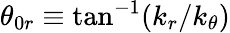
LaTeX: \theta_{0r}\equiv\tan^{-1}(k_{r}/k_{\theta})